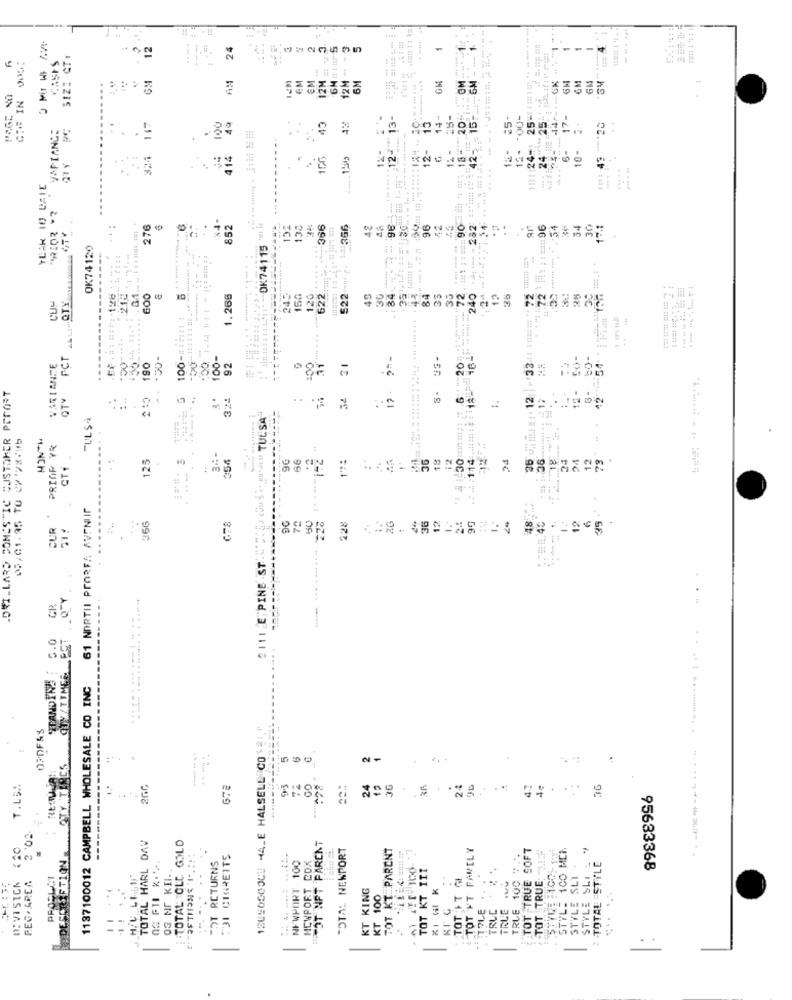
1111 :24: 25:321 ** ********
---
-
12
24
CASES
3122 CT1
-
-
12M
...
EM
6M
44 ---- 6K
57
W 25-
..
13-
14"
2 : 15
25-
17-
VAPIANCE
49
43
43
13
***: 43 ** 25
-
.
12-
324
414
156
42-
12-
24
YEAR 10 CALE
.96 ---
276
852
152
130
34
366
96
..
: 72 1 # ###:96
. 34
17.1
.
OK74120
OK74115
-
30
84.
43
72
QTY
......: -
1.266
150
120
622
622
49
33
35
72
240
12
25
25
10
100 ==: #1:1 1
cc
#
..
FCT
190
100-
92
:00
164
CO-
VARIANTE
31
34 21
12-
.DWILLARD DOMESTIC CUSTOMER PERORT
QTY
3"
34
12.
12
42
.--...
32
..
TULSA
.
C: 3
05/01,95 TO CX 793:15
....
PRIOP YR
CT1
125
34-
354
17:
18
12
36
24
>1
12
79
HANCH
.
. .
61 NORTII PROREA AVENUIT
48 4:
......
366
72
36
12
24
12
35
CUR
228
28
1'4℃
---....
9111 E PINE ST
. ...... ..... ......... ........
GR
STANDIN'S
OU/TIME
1137100012 CAMPBELL WHOLESALE CO INC
OPDFAS
--------....
STY TIRES
..
13USOSCOCU 44-E HALSELL CO
-
T.L5.
678
93
24
19
36
TOTAL HARL DAV
POT NPT PARENT
10
TOTAL OLD GOLD
"OTAL NEWPORT
TOT KT PARENT
TOT FT FAMILY
TRLE 100 T-
TOT TRUE SOFT
MCI
DESCRIPTION
TOT RETURNS
POI CIGREITS
NEWPORT COX
STYLE SLIS
NEWPORT 100
TOT KT III
TOTAL STYLE
PEG . AREA
PRODUCT
OG NI KIi.
TOT TRUE
STYL: 100
STYLE SLT
95683368
DIVISICA
KT KING
TOT FT
TOLE ...
-
KT 100
TRUE
KT G
TRUC
...